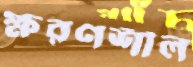
ক্ষরণশীল